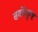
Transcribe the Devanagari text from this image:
सर्वोत्त्कृष्ट